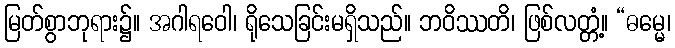
မြတ်စွာဘုရား၌။ အဂါရဝေါ၊ ရိုသေခြင်းမရှိသည်။ ဘဝိဿတိ၊ ဖြစ်လတ္တံ့။ “ဓမ္မေ၊